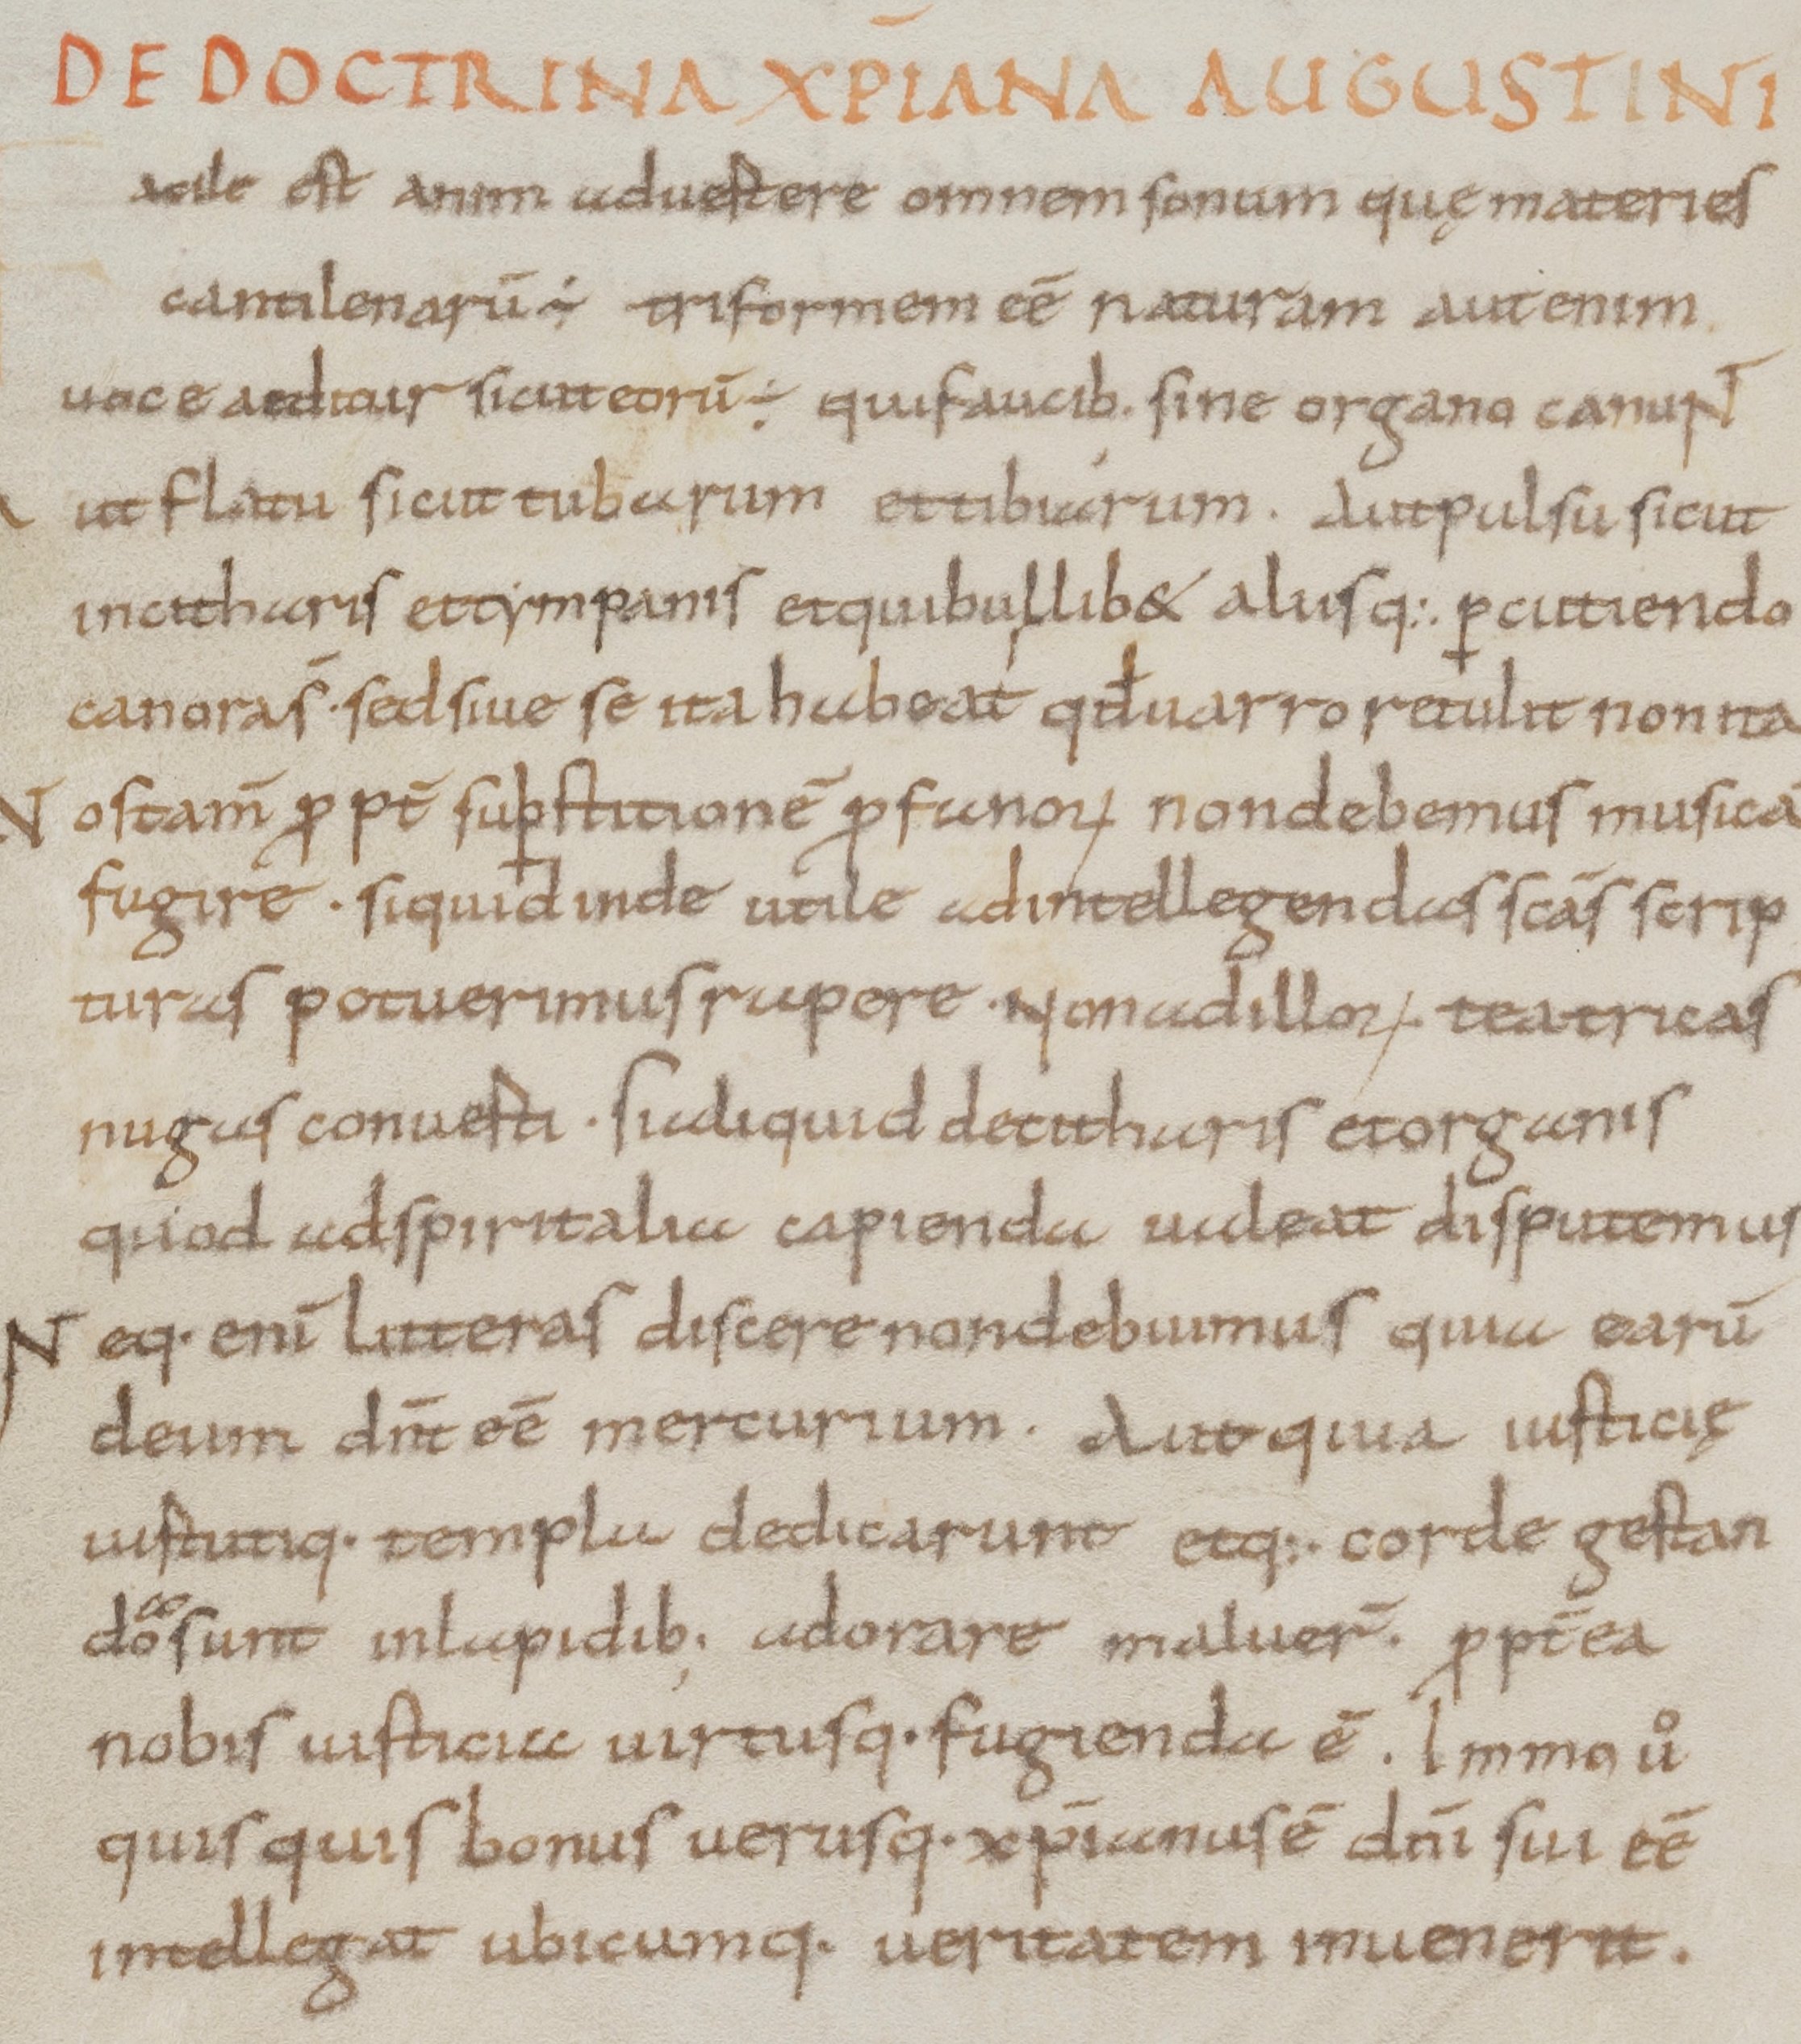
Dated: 800–899